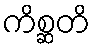
ကိစ္ဆတိ